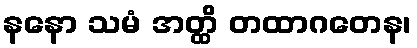
နနော သမံ အတ္ထိ တထာဂတေန၊